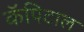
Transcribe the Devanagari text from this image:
कॅपिटाल